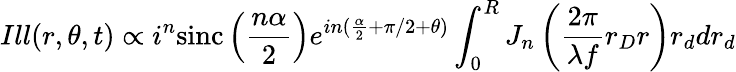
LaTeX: Ill(r,\theta,t)\propto i^{n}\textrm{sinc}\left(\frac{n\alpha}{2}\right)e^{in(\frac{\alpha}{2}+\pi/2+\theta)}\int_{0}^{R}J_{n}\left(\frac{2\pi}{\lambda f}r_{D}r\right)r_{d}dr_{d}